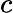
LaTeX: \textit{c}